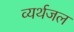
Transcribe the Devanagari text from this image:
व्यर्थजल